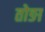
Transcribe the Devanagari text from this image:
तोङा